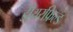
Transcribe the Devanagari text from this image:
डीयरफिल्ड